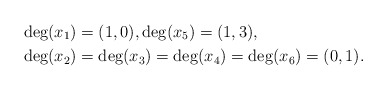
\begin{align*}\deg(x_1)&=(1,0), \deg(x_5)=(1,3), \\\deg(x_2)&=\deg(x_3)=\deg(x_4)=\deg(x_6)=(0,1).\end{align*}